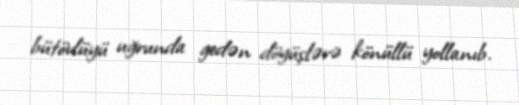
bütövlüyü uğrunda gedən döyüşlərə könüllü yollanıb.